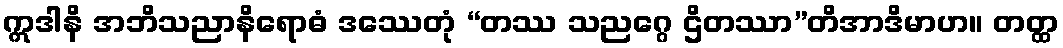
ဣဒါနိ အဘိသညာနိရောဓံ ဒဿေတုံ “တဿ သညဂ္ဂေ ဌိတဿာ”တိအာဒိမာဟ။ တတ္ထ